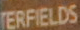
TERFIELDS